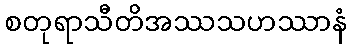
စတုရာသီတိအဿသဟဿာနံ